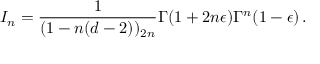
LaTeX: I _ { n } = \frac { 1 } { ( 1 - n ( d - 2 ) ) _ { 2 n } } \Gamma ( 1 + 2 n \epsilon ) \Gamma ^ { n } ( 1 - \epsilon ) \, .